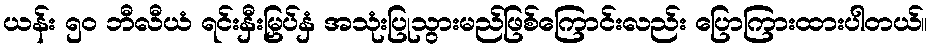
ယန်း ၅၀ ဘီလီယံ ရင်းနှီးမြှပ်နှံ အသုံးပြုသွားမည်ဖြစ်ကြောင်းလည်း ပြောကြားထားပါတယ်။